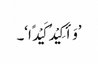
’وَأَکِیْدُ کَیْدًا‘۔